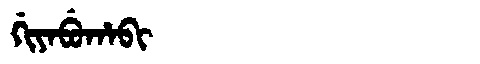
Manchu: ᡤᡳᠶᠠᠪᡠᡥᠠᠪᡳ
Romanization: GIYABUHABI